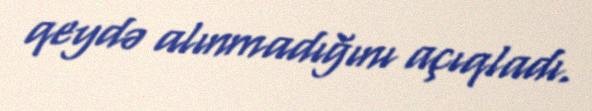
qeydə alınmadığını açıqladı.